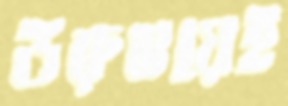
উরুগুয়েই